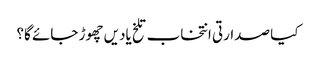
کیا صدارتی انتخاب تلخ یادیں چھوڑ جائے گا؟